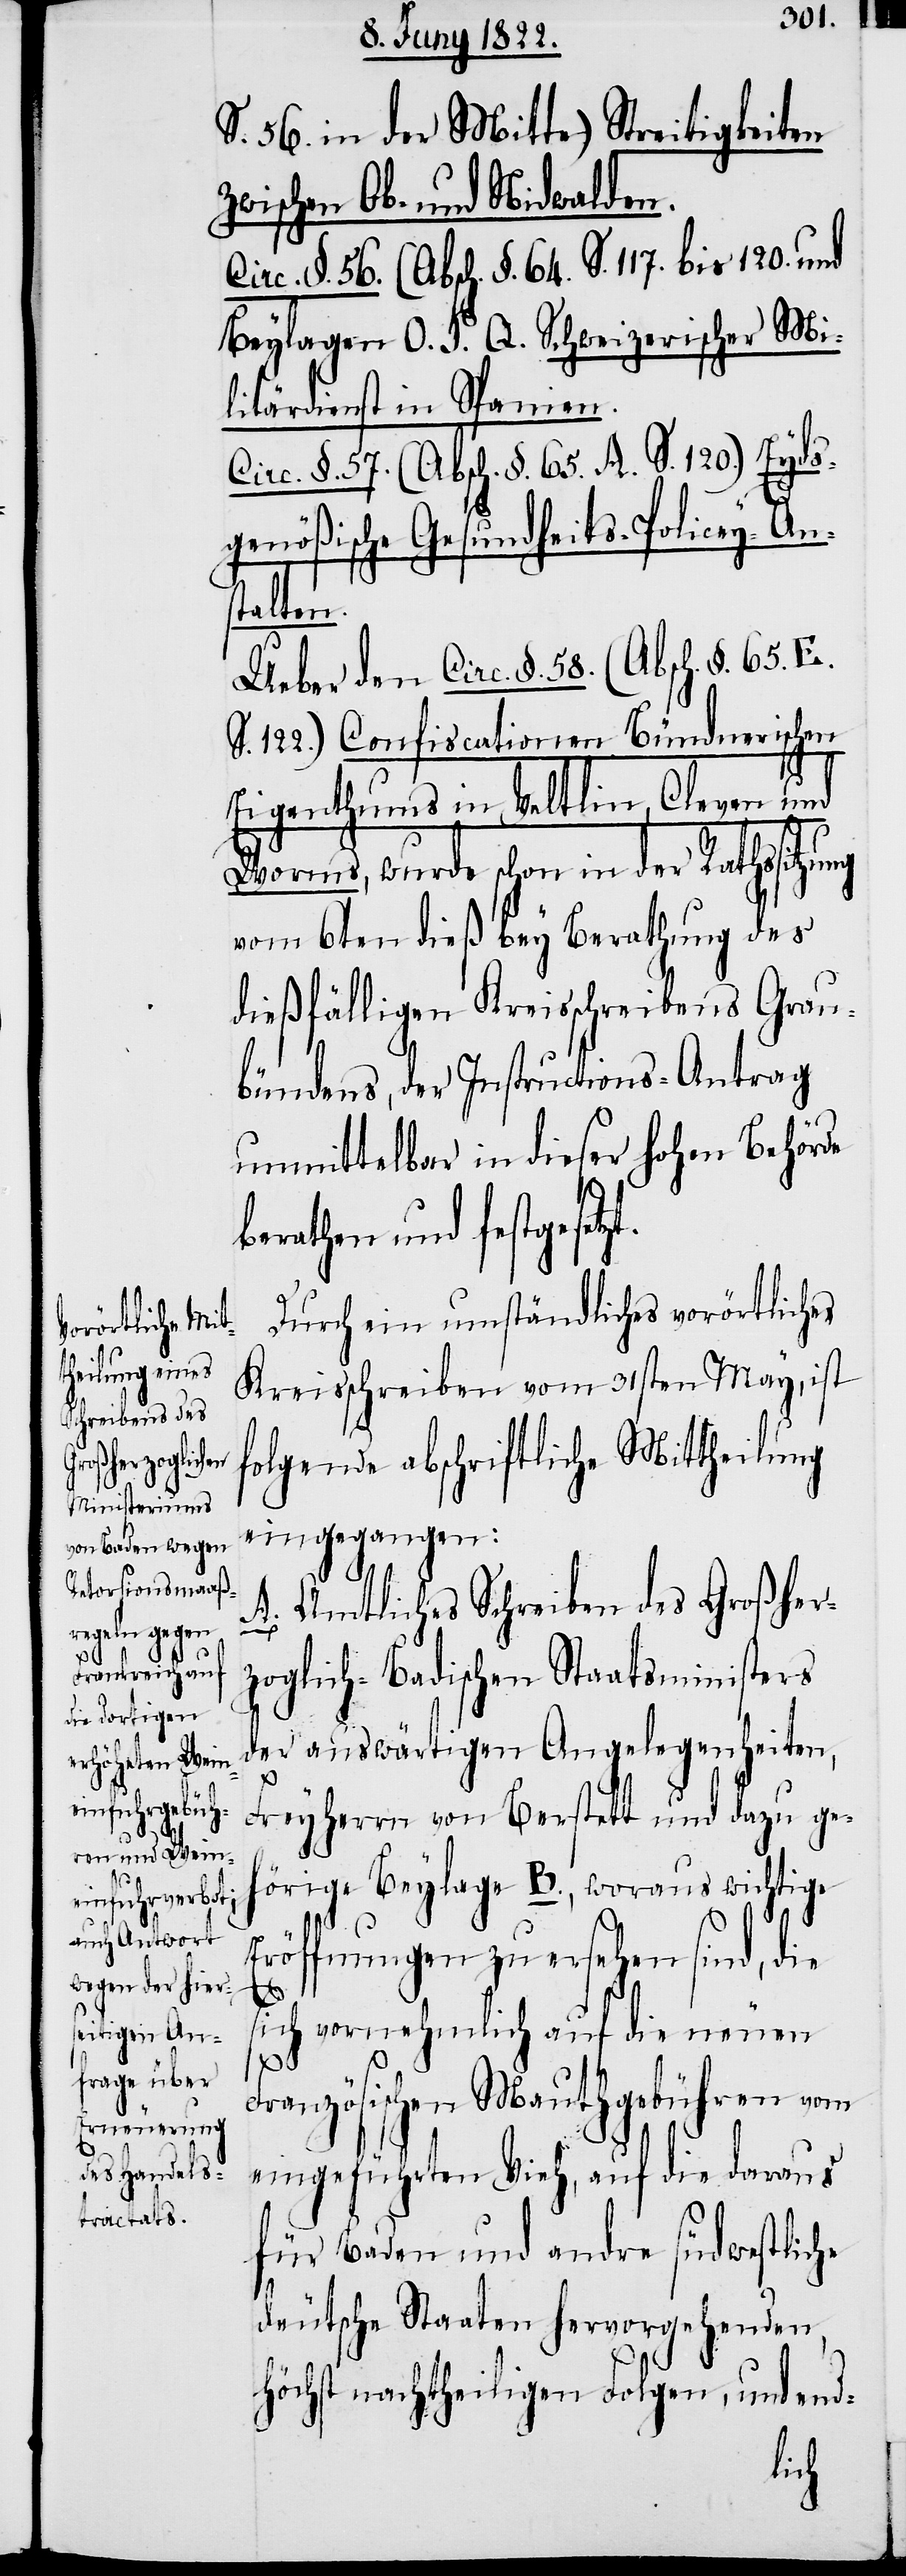
S. 56. in der Mitte) Streitigkeiten
zwischen Ob- und Nidwalden.
Circ. §. 56. (Absch. §. 64. S. 117. bis 120. und
Beylagen O. P. Q. Schweizerischer Mi¬
litärdienst in Spanien.
Circ. §. 57. (Absch. §. 65. A. S. 120.) Eyds¬
genößische Gesundheits-Policey-An¬
stalten.
Ueber den Circ. §. 58. (Absch. §. 65.
S. 122) Confiscationen Bündnerischen
Eigenthums in Veltlin, Cleven und
Worms, wurde schon in der Rathssitzung
vom 6ten dieß bey Berathung des
dießfälligen Kreisschreibens Grau¬
bündens, der Instructions-Antrag
unmittelbar in dieser hohen Behörde
berathen und festgesetz¬
Durch ein umständliches vorörtliches
Kreisschreiben vom 31sten May, ist
t.
folgende abschriftliche Mittheilung
eingegangen:
A. Amtliches Schreiben des Großher¬
zoglich-Badischen Staatsministers
der auswärtigen Angelegenheiten,
Freyherrn von Berstett und dazu ge¬
hörige Beylage B., woraus wichtige
Eröffnungen zu ersehen sind, die
sich vornehmlich auf die neuen
Französischen Mauthgebühren vom
eingeführten Vieh, auf die daraus
für Baden und andre südwestliche
deutsche Staaten hervorgehenden
höchst nachtheiligen Folgen, und end-